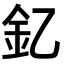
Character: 釔